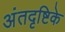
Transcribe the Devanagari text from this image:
अंतदृष्टिके